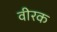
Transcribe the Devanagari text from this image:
वीरक